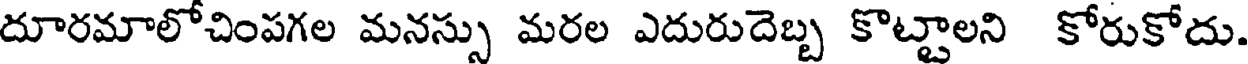
దూరమాలోచింపగల మనస్సు మరల ఎదురుదెబ్బ కొట్టాలని కోరుకోదు.